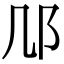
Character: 䢳